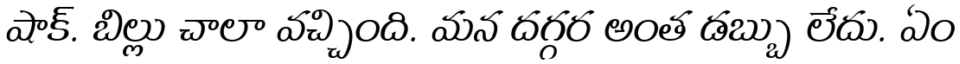
షాక్. బిల్లు చాలా వచ్చింది. మన దగ్గర అంత డబ్బు లేదు. ఏం